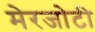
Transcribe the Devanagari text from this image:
मेरजोटी